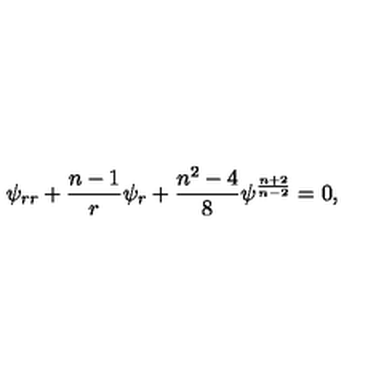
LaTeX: \psi _ { r r } + { \frac { n - 1 } { r } } \psi _ { r } + { \frac { n ^ { 2 } - 4 } { 8 } } \psi ^ { \frac { n + 2 } { n - 2 } } = 0 ,